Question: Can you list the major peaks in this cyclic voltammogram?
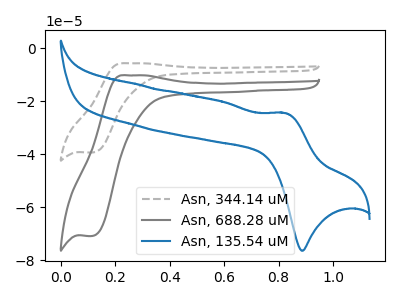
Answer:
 <answer>The gray dashed curve "Asn, 344.14 uM" has an anodic peak at (0.25V, -5.65uA) and a cathodic peak at (0.10V, -39.30uA). The gray curve "Asn, 688.28 uM" has an anodic peak at (0.25V, -10.20uA) and a cathodic peak at (0.10V, -70.80uA). The blue curve "Asn, 135.54 uM" has an anodic peak at (0.85V, -24.45uA) and a cathodic peak at (0.90V, -76.35uA).</answer>
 <eval></eval>